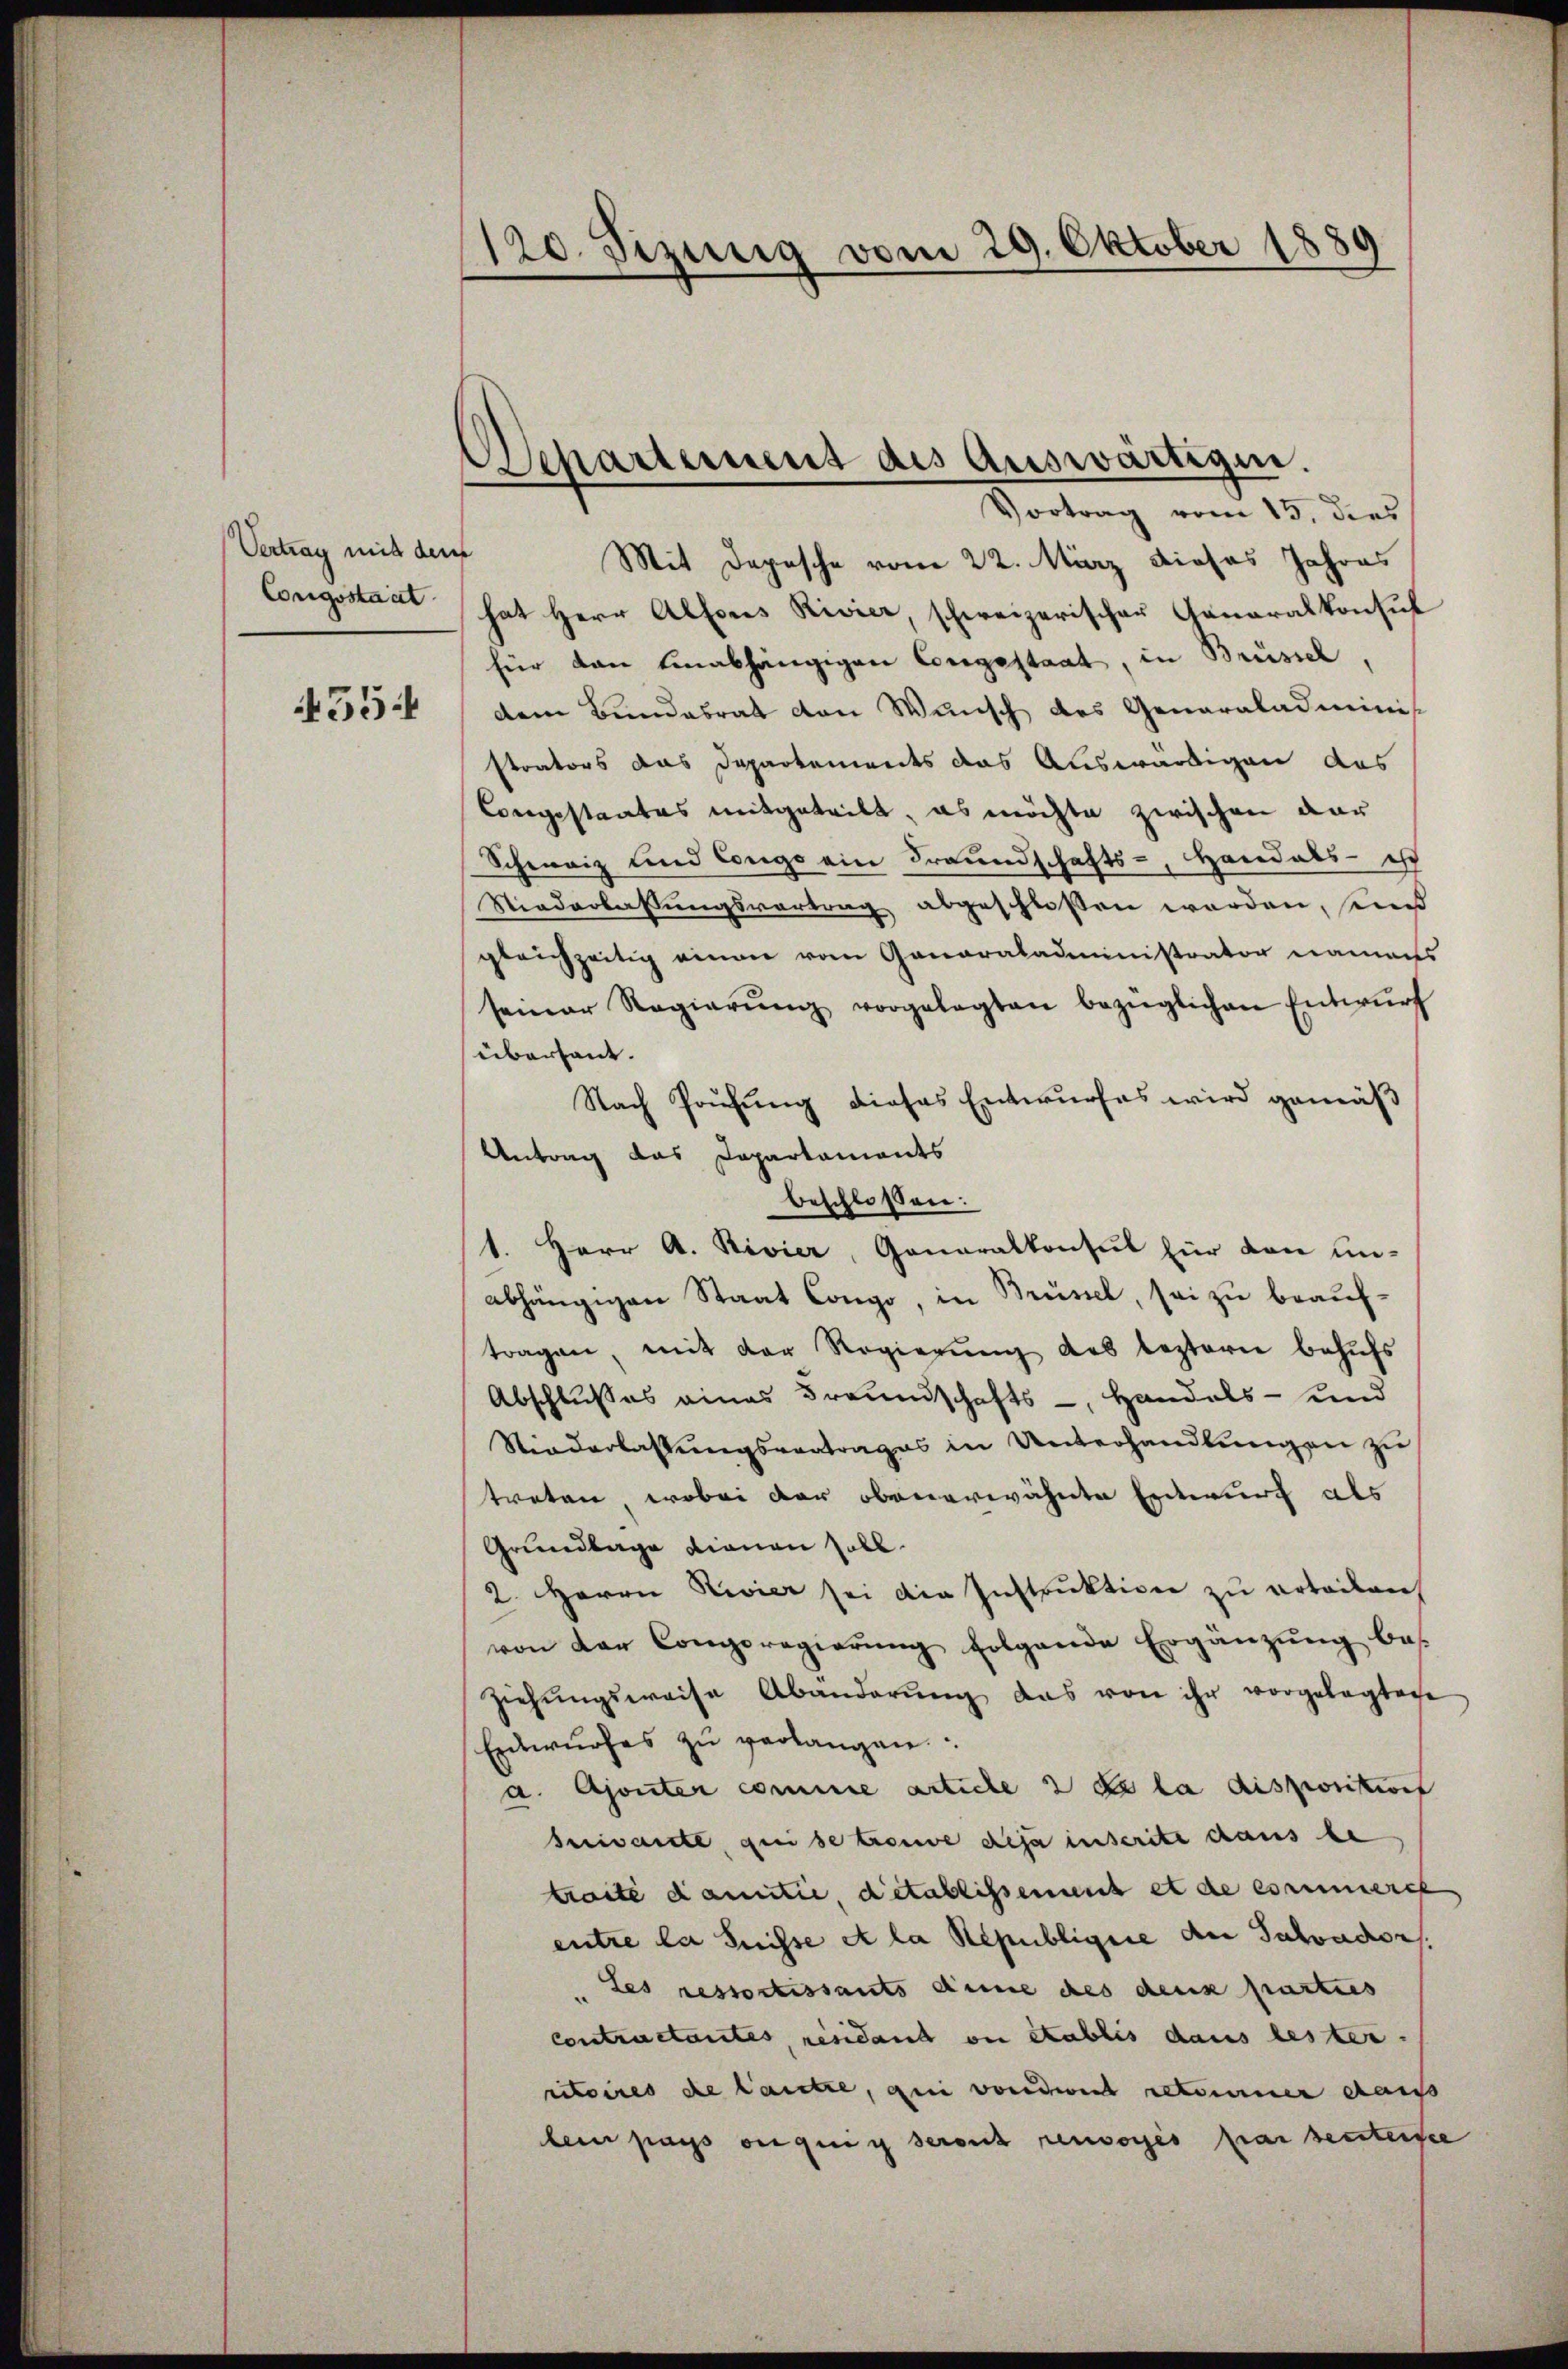
Vertrag mit den
Congsstaat

4554

8
120. Sizung vom 29. Oktober
e

Departement des Auswärtigen.

Vortrag vom 15. dies
Mit Depesche vom 22. März dieses Jahres
hat Herr Alfons Rivier, schweizerischer Generalkonsul
für den einabhängigen Congestaat, in Brüssel,
dem Bundesrat den Wunsch des Generaladminis
strators das Departements das Auswürdigen das
Congestaates mitgeteilt, es möchte zwischen dar
Schweiz und Congo ein Freundschafts-, Handels- ist
Niederlassungsvortrag abgeschlossen werden, sind
gleichzeitig einen vom Ganaraladiministrator namens
seiner Regierŭng vorgelegten bezüglichen Entwŭrf
übersant.
Nach Prüfung dieses Entwurfes wird gemäß
Antrag das Capartaments
beschlossen:
1. Herr A. Rivier, Generalkonsul für den Ein-
abhängigen Staat Congo, in Brüssel, sei zu beauftragen, mit der Regierŭng des leztern behŭfs
Abschlußes eines Freundschafts-, Handels- und
Niederlassŭngsvertrages in Unterhandlungen zu
treten, wobei der obenerwähnte Entwurf als
Grundlage dienen soll
2. Herrn Rivier sei die Instruktion zu erteilen
von der Congregierŭng folgende Ergänzŭng bes
Ziehŭngsweise Abänderŭng das von ihr vorgelegtage
Entwŭrfes zŭ verlangen
a. Ajonter comme antiche 2 de la disposition
Beivante, qui se trouve deja inscrite dans le
traite damitie detablissement et de es nunmerce
entre la Suisse et la Republiquie der Salvador
Les ressortissants anne des deux parties
contractantes, residant ou établis dans lester.
utoires de lautre, qui von der retourner das
lein pass eigung seront renvoyés par seitersee